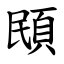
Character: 䪸